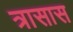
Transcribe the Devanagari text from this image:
त्रासास